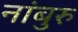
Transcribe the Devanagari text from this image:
नांबुरु